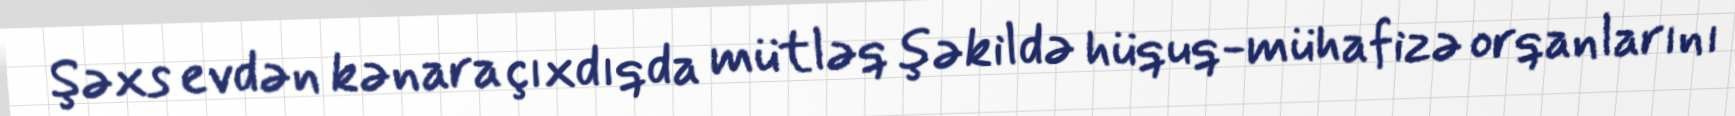
Şəxs evdən kənara çıxdıqda mütləq şəkildə hüquq-mühafizə orqanlarını